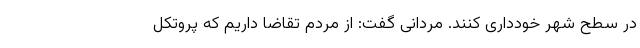
در سطح شهر خودداری کنند. مردانی گفت: از مردم تقاضا داریم که پروتکل